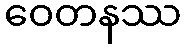
ဝေတနဿ